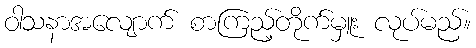
ဝါသနာအလျောက် စာကြည့်တိုက်မှူး လုပ်မည်။